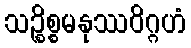
သဉ္စိစ္စမနုဿဝိဂ္ဂဟံ